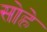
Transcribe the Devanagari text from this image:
सोहे